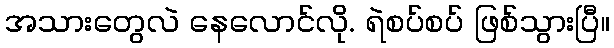
အသားတွေလဲ နေလောင်လို. ရဲစပ်စပ် ဖြစ်သွားပြီ။